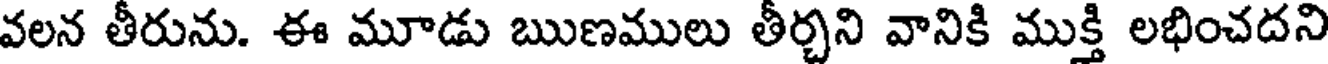
వలన తీరును. ఈ మూడు ఋణములు తీర్చని వానికి ముక్తి లభించదని